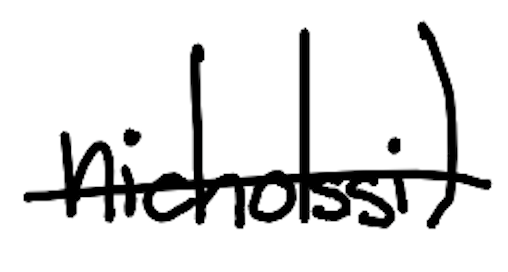
Text: nicholsii)
Cross-out: single-line
Writing tool: digital_black